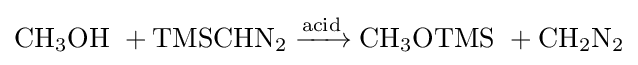
{\mathrm {CH} {\vphantom {A}}_{\smash[{t}]{3}}\mathrm {OH} \ {}+{}\mathrm {TMSCHN} {\vphantom {A}}_{\smash[{t}]{2}}{}\mathrel {\xrightarrow {\mathrm {acid} } } {}\mathrm {CH} {\vphantom {A}}_{\smash[{t}]{3}}\mathrm {OTMS} \ {}+{}\mathrm {CH} {\vphantom {A}}_{\smash[{t}]{2}}\mathrm {N} {\vphantom {A}}_{\smash[{t}]{2}}}